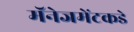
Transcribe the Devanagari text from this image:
मॅनेजमेंटकडे